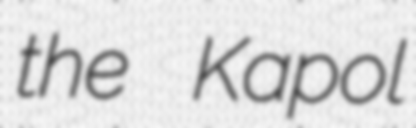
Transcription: the Kapol